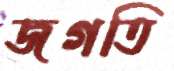
জগতি